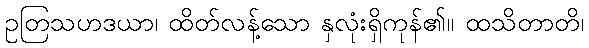
ဥတြသဟဒယာ၊ ထိတ်လန့်သော နှလုံးရှိကုန်၏။ ထသိတာတိ၊